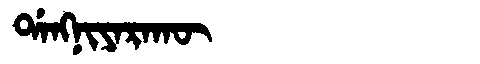
Manchu: ᡩᠠᠩᠨᡳᠶᠠᡵᠠᡴᡡ
Romanization: DANGNIYARAKŪ